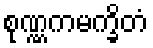
စုဏ္ဏကမက္ခိတံ